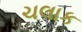
ચલાક